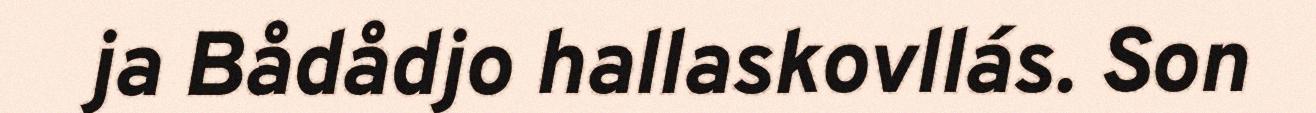
ja Bådådjo hallaskovllás. Son